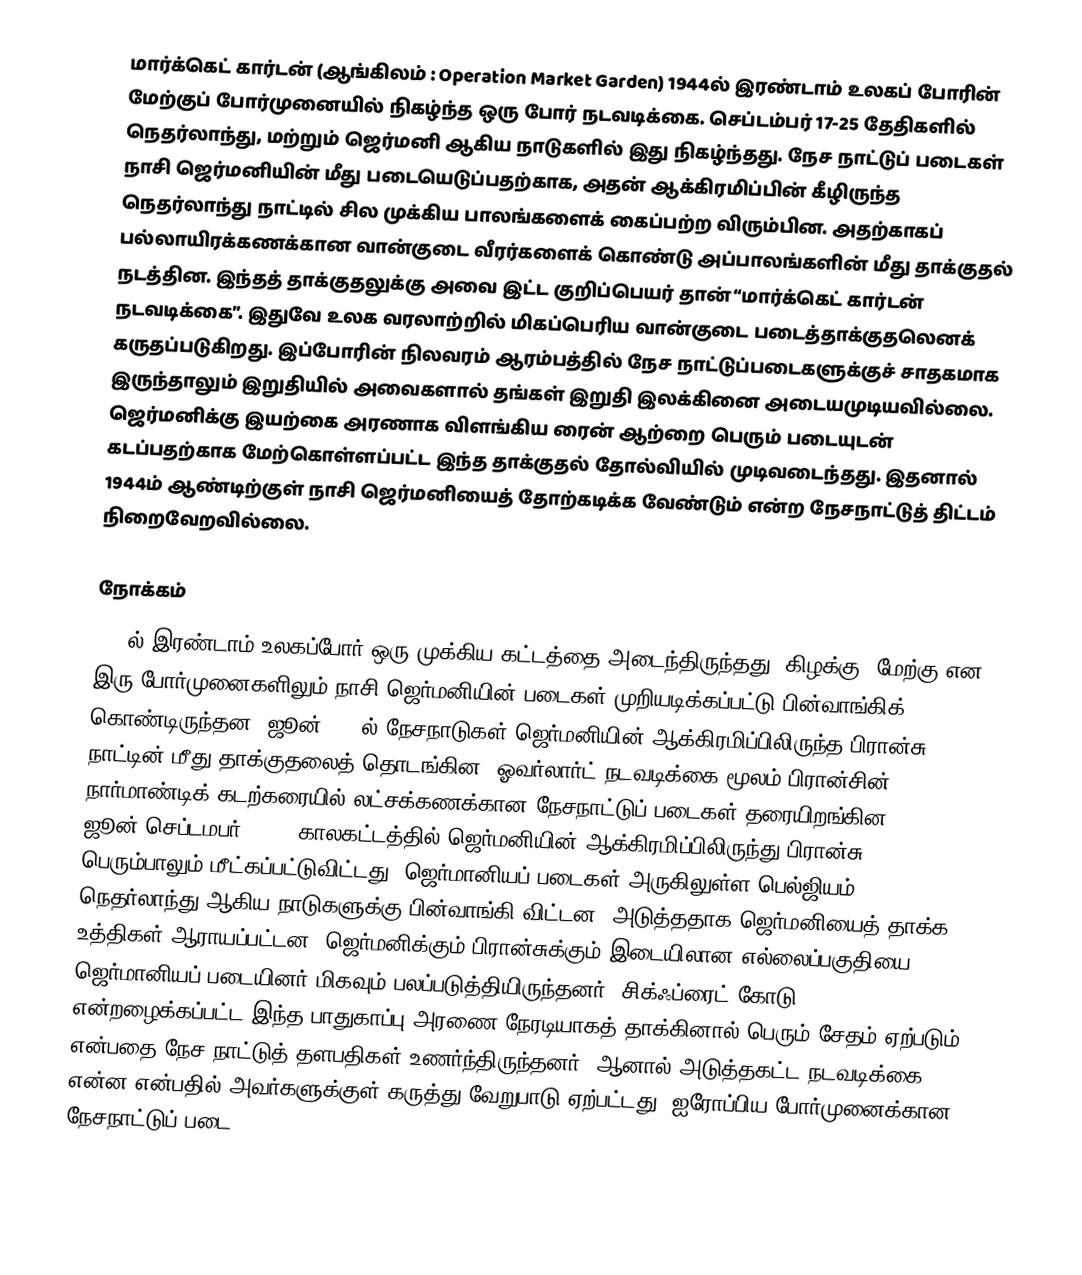
மார்க்கெட் கார்டன் (ஆங்கிலம் : Operation Market Garden) 1944ல் இரண்டாம் உலகப் போரின் மேற்குப் போர்முனையில் நிகழ்ந்த ஒரு போர் நடவடிக்கை. செப்டம்பர் 17-25 தேதிகளில் நெதர்லாந்து, மற்றும் ஜெர்மனி ஆகிய நாடுகளில் இது நிகழ்ந்தது. நேச நாட்டுப் படைகள் நாசி ஜெர்மனியின் மீது படையெடுப்பதற்காக, அதன் ஆக்கிரமிப்பின் கீழிருந்த நெதர்லாந்து நாட்டில் சில முக்கிய பாலங்களைக் கைப்பற்ற விரும்பின. அதற்காகப் பல்லாயிரக்கணக்கான வான்குடை வீரர்களைக் கொண்டு அப்பாலங்களின் மீது தாக்குதல் நடத்தின. இந்தத் தாக்குதலுக்கு அவை இட்ட குறிப்பெயர் தான் “மார்க்கெட் கார்டன் நடவடிக்கை”. இதுவே உலக வரலாற்றில் மிகப்பெரிய வான்குடை படைத்தாக்குதலெனக் கருதப்படுகிறது. இப்போரின் நிலவரம் ஆரம்பத்தில் நேச நாட்டுப்படைகளுக்குச் சாதகமாக இருந்தாலும் இறுதியில் அவைகளால் தங்கள் இறுதி இலக்கினை அடையமுடியவில்லை. ஜெர்மனிக்கு இயற்கை அரணாக விளங்கிய ரைன் ஆற்றை பெரும் படையுடன் கடப்பதற்காக மேற்கொள்ளப்பட்ட இந்த தாக்குதல் தோல்வியில் முடிவடைந்தது. இதனால் 1944ம் ஆண்டிற்குள் நாசி ஜெர்மனியைத் தோற்கடிக்க வேண்டும் என்ற நேசநாட்டுத் திட்டம் நிறைவேறவில்லை.

நோக்கம்
1944ல் இரண்டாம் உலகப்போர் ஒரு முக்கிய கட்டத்தை அடைந்திருந்தது. கிழக்கு, மேற்கு என இரு போர்முனைகளிலும் நாசி ஜெர்மனியின் படைகள் முறியடிக்கப்பட்டு பின்வாங்கிக் கொண்டிருந்தன. ஜூன் 1944ல் நேசநாடுகள் ஜெர்மனியின் ஆக்கிரமிப்பிலிருந்த பிரான்சு நாட்டின் மீது தாக்குதலைத் தொடங்கின. ஓவர்லார்ட் நடவடிக்கை மூலம் பிரான்சின் நார்மாண்டிக் கடற்கரையில் லட்சக்கணக்கான நேசநாட்டுப் படைகள் தரையிறங்கின. ஜூன்-செப்டமபர் 1944, காலகட்டத்தில் ஜெர்மனியின் ஆக்கிரமிப்பிலிருந்து பிரான்சு பெரும்பாலும் மீட்கப்பட்டுவிட்டது. ஜெர்மானியப் படைகள் அருகிலுள்ள பெல்ஜியம், நெதர்லாந்து ஆகிய நாடுகளுக்கு பின்வாங்கி விட்டன. அடுத்ததாக ஜெர்மனியைத் தாக்க உத்திகள் ஆராயப்பட்டன. ஜெர்மனிக்கும் பிரான்சுக்கும் இடையிலான எல்லைப்பகுதியை ஜெர்மானியப் படையினர் மிகவும் பலப்படுத்தியிருந்தனர். சிக்ஃப்ரைட் கோடு என்றழைக்கப்பட்ட இந்த பாதுகாப்பு அரணை நேரடியாகத் தாக்கினால் பெரும் சேதம் ஏற்படும் என்பதை நேச நாட்டுத் தளபதிகள் உணர்ந்திருந்தனர். ஆனால் அடுத்தகட்ட நடவடிக்கை என்ன என்பதில் அவர்களுக்குள் கருத்து வேறுபாடு ஏற்பட்டது. ஐரோப்பிய போர்முனைக்கான நேசநாட்டுப் படை